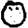
Digit: 0